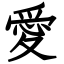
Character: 愛